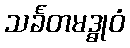
သင်္ခတမဒ္ဓုဝံ